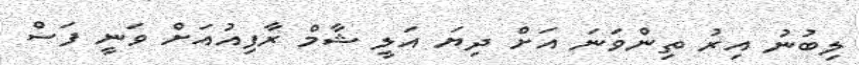
ލިބުނު އިރު ތިންވަނަ އަށް ދިޔަ އަލީ ޝާމް ރާފިއުއަށް ވަނީ ފަސް